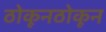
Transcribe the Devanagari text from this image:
ठोकूनठोकून